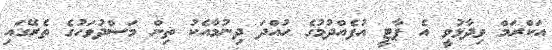
އަކްރަމް ވިދާޅުވީ އެ ޕާޓީ އުފެއްދުމުގެ ހުއްދަ ދިނުމާއެކު ތިން މަސްދުވަހުގެ ތެރޭގައި